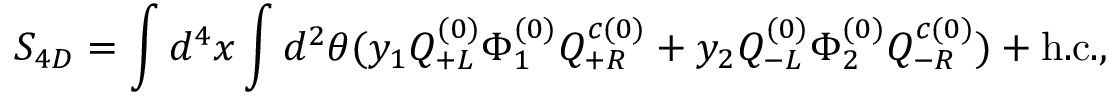
S _ { 4 D } = \int d ^ { 4 } x \int d ^ { 2 } \theta ( y _ { 1 } Q _ { + L } ^ { ( 0 ) } \Phi _ { 1 } ^ { ( 0 ) } Q _ { + R } ^ { c ( 0 ) } + y _ { 2 } Q _ { - L } ^ { ( 0 ) } \Phi _ { 2 } ^ { ( 0 ) } Q _ { - R } ^ { c ( 0 ) } ) + \mathrm { h . c . } ,